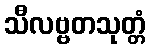
သီလဗ္ဗတသုတ္တံ